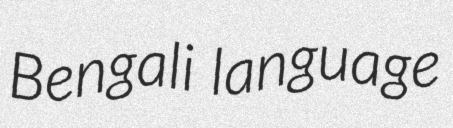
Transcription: Bengali language